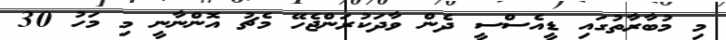
މި މުބާރާތުގައި ޑީއެސްސީ ދެން ވާދަކުރަންޖެހޭ މެޗު އޮންނާނީ މި މަހު 30